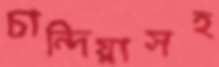
চান্দিয়াসহ